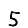
Digit: 5